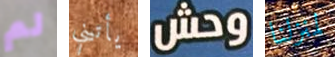
لم يأتيني وحش لمنزلنا